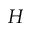
H